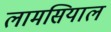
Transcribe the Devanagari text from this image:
लामसियाल